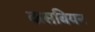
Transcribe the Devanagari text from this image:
कसबियन